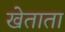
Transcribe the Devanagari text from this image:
खेताता